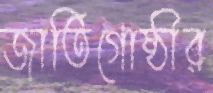
জাতিগোষ্ঠীর